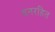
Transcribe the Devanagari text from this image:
वनरहित